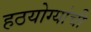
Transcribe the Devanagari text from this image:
हठयोग्यांची